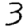
Digit: 3